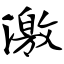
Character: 激